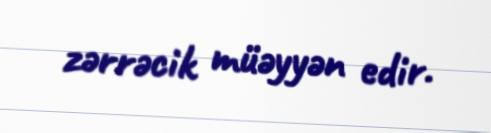
zərrəcik müəyyən edir.